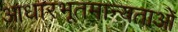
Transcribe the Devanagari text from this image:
आधारभूतमान्यताओं